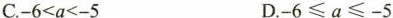
C.-6<a<-5 D.-6≤a≤-5